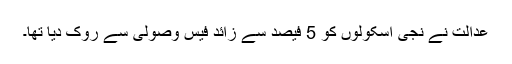
عدالت نے نجی اسکولوں کو 5 فیصد سے زائد فیس وصولی سے روک دیا تھا۔